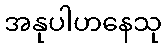
အနုပါဟနေသု